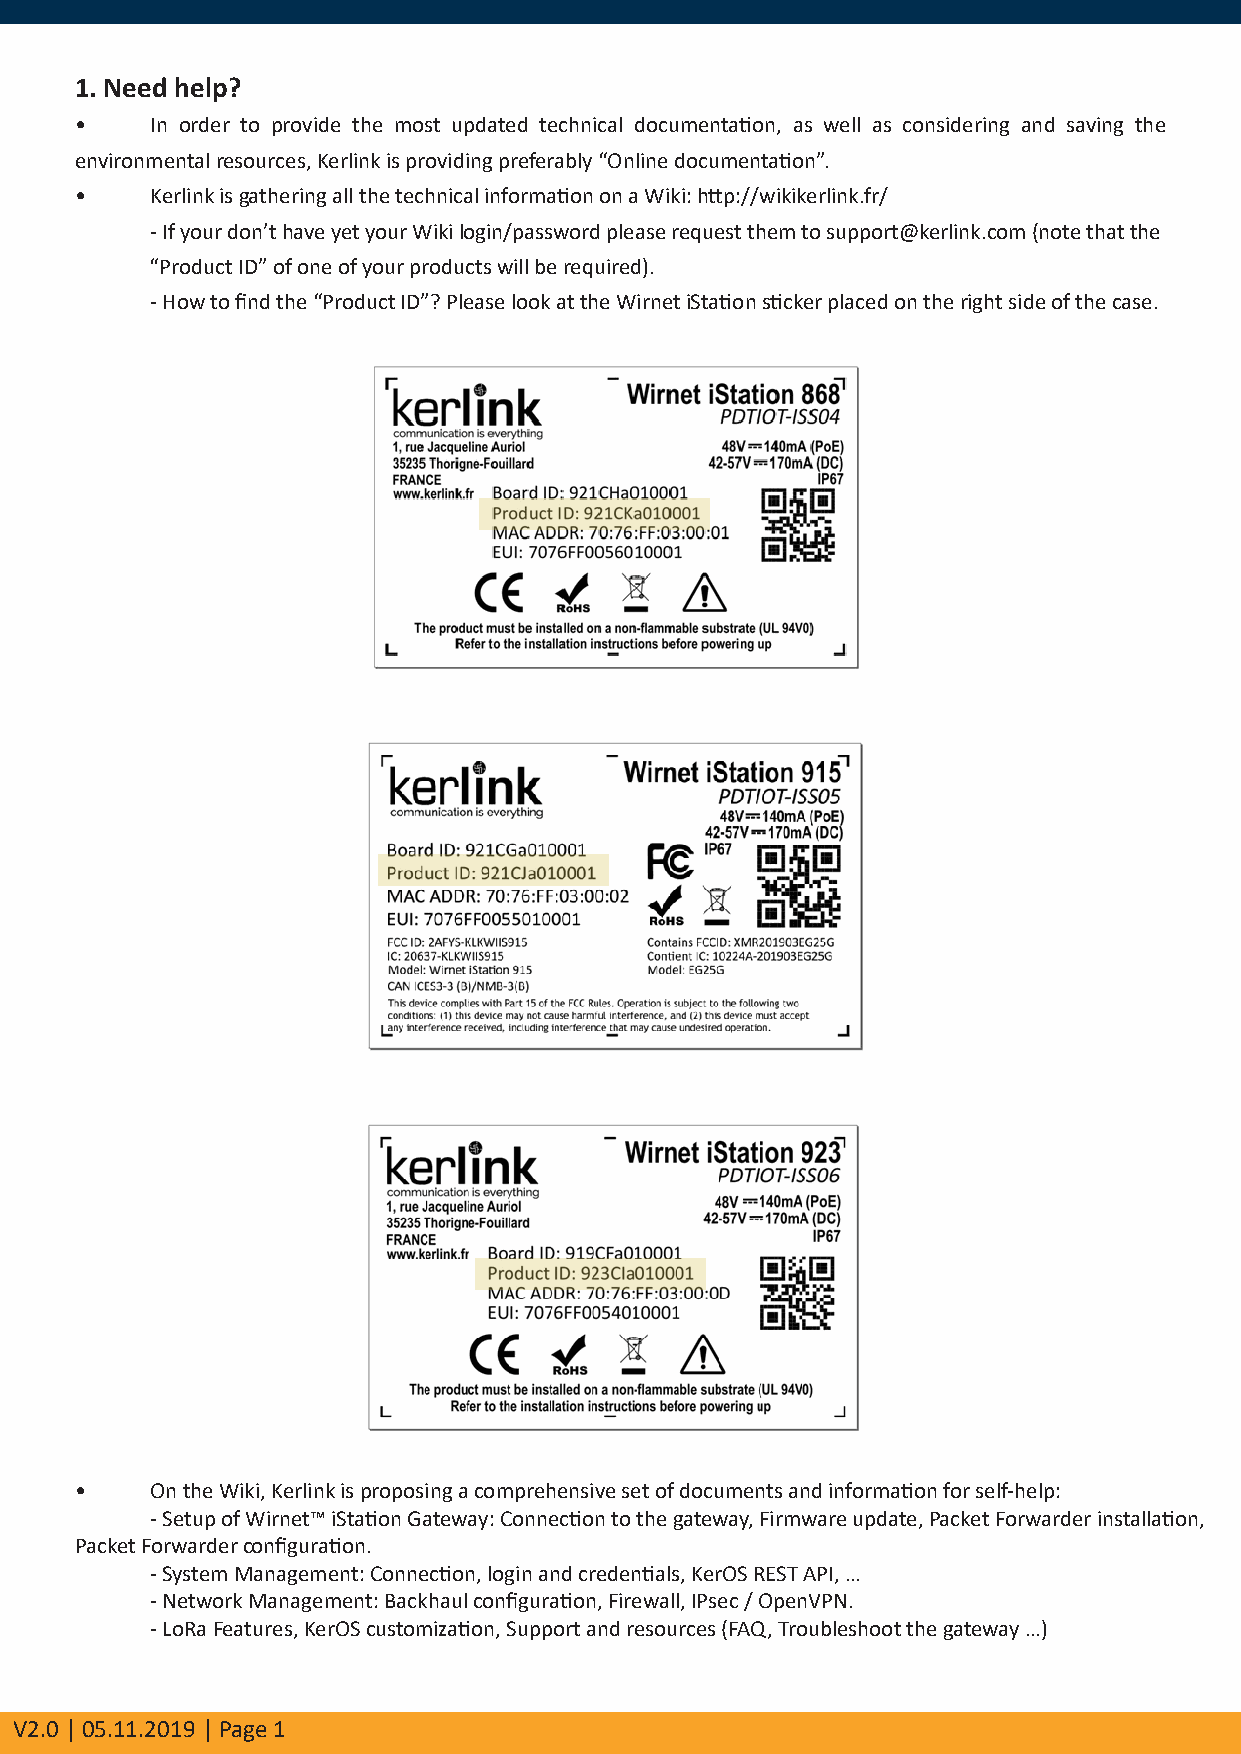
1. Need help?
 •    In order to provide the most updated technical documentation, as well as considering and saving the
 environmental resources, Kerlink is providing preferably “Online documentation”.
 •    Kerlink is gathering all the technical information on a Wiki: http://wikikerlink.fr/
 - If your don’t have yet your Wiki login/password please request them to support@kerlink.com (note that the
 “Product ID” of one of your products will be required).
 - How to find the “Product ID”? Please look at the Wirnet iStation sticker placed on the right side of the case.
 •    On the Wiki, Kerlink is proposing a comprehensive set of documents and information for self-help:
 - Setup of Wirnet™ iStation Gateway: Connection to the gateway, Firmware update, Packet Forwarder installation,
 Packet Forwarder configuration.
 - System Management: Connection, login and credentials, KerOS REST API, …
 - Network Management: Backhaul configuration, Firewall, IPsec / OpenVPN.
 - LoRa Features, KerOS customization, Support and resources (FAQ, Troubleshoot the gateway …)
 V2.0 | 05.11.2019 | Page 1